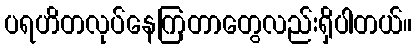
ပရဟိတလုပ်နေကြတာတွေလည်းရှိပါတယ်။